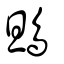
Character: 鴠